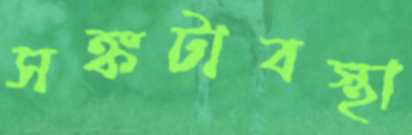
সঙ্কটাবস্থা